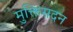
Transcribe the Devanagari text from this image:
मुक्तिसदन